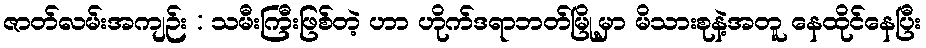
ဇာတ်လမ်းအကျဉ်း : သမီးကြီးဖြစ်တဲ့ ဟာ ဟိုက်ဒရာဘတ်မြို့မှာ မိသားစုနဲ့အတူ နေထိုင်နေပြီး